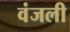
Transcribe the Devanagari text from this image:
वंजली